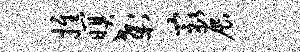
推暝刹最展